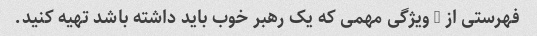
فهرستی از 5 ویژگی مهمی که یک رهبر خوب باید داشته باشد تهیه کنید.